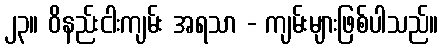
၂၃။ ဝိနည်းငါးကျမ်း အရသာ - ကျမ်းများဖြစ်ပါသည်။